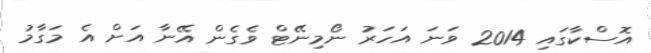
އޮސްކާގައި 2014 ވަނަ އަހަރު ނޯމިނޭޓް ވެގެން އޭނާ އަށް އެ މަގާމު